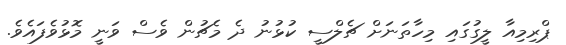
ޕްރިމިއާ ލީގުގައި މިހާތަނަށް ޗެލްސީ ކުޅުނު ދެ މެޗުން ވެސް ވަނީ މޮޅުވެފައެވެ.